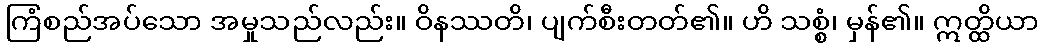
ကြံစည်အပ်သော အမှုသည်လည်း။ ဝိနဿတိ၊ ပျက်စီးတတ်၏။ ဟိ သစ္စံ၊ မှန်၏။ ဣတ္ထိယာ